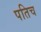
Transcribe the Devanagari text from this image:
पतिच